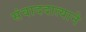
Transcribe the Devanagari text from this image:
संवाददात्याने